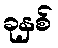
ခုနှစ်